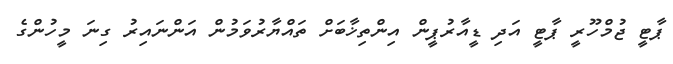
ޕާޓީ ޖުމްހޫރީ ޕާޓީ އަދި ޑީއާރުޕީން އިންތިޚާބަށް ތައްޔާރުވަމުން އަންނައިރު ގިނަ މީހުންގެ